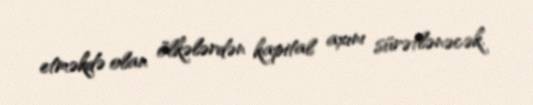
etməkdə olan ölkələrdən kapital axını sürətlənəcək.